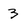
Character: 3